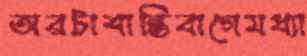
অরটাশান্তিবাগেমধ্যা